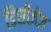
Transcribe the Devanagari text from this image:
डिसीज़ेज़